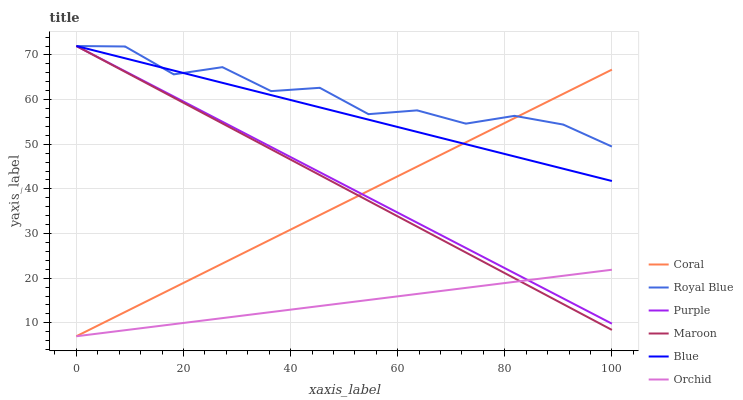
| xaxis_label | Coral | Royal Blue | Purple | Maroon | Blue | Orchid |
 | --- | --- | --- | --- | --- | --- | --- |
 | 0 | 7 | 72 | 72 | 72 | 72 | 7 |
 | 9.09 | 12.4 | 71.9 | 66.3 | 66.2 | 69.3 | 8.35 |
 | 18.2 | 17.9 | 65.6 | 60.7 | 60.4 | 66.5 | 9.71 |
 | 27.3 | 23.3 | 67.3 | 55 | 54.7 | 63.8 | 11.1 |
 | 36.4 | 28.7 | 61.9 | 49.4 | 48.9 | 61 | 12.4 |
 | 45.5 | 34.1 | 62.6 | 43.7 | 43.1 | 58.3 | 13.8 |
 | 54.5 | 39.6 | 56.7 | 38.1 | 37.3 | 55.5 | 15.1 |
 | 63.6 | 45 | 57.6 | 32.4 | 31.5 | 52.8 | 16.5 |
 | 72.7 | 50.4 | 54.6 | 26.8 | 25.8 | 50 | 17.8 |
 | 81.8 | 55.9 | 56.4 | 21.1 | 20 | 47.3 | 19.2 |
 | 90.9 | 61.3 | 54.4 | 15.5 | 14.2 | 44.5 | 20.5 |
 | 100 | 66.7 | 49.5 | 9.81 | 8.42 | 41.8 | 21.9 |